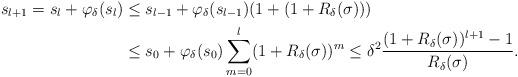
LaTeX: \begin{align*}s_{l+1}=s_{l}+\varphi_\delta(s_{l}) &\leq s_{l-1} + \varphi_\delta(s_{l-1}) (1+(1+R_\delta(\sigma))) \\&\leq s_{0} + \varphi_\delta(s_0) \sum_{m=0}^{l} (1+R_\delta(\sigma))^m \leq \delta^2 \frac{(1+R_\delta(\sigma))^{l+1}-1}{R_\delta(\sigma)}.\end{align*}